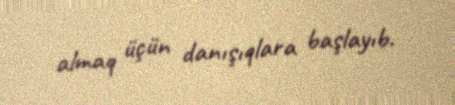
almaq üçün danışıqlara başlayıb.